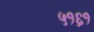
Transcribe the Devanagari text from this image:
५१६१